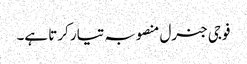
فوجی جنرل منصوبہ تیار کرتا ہے۔